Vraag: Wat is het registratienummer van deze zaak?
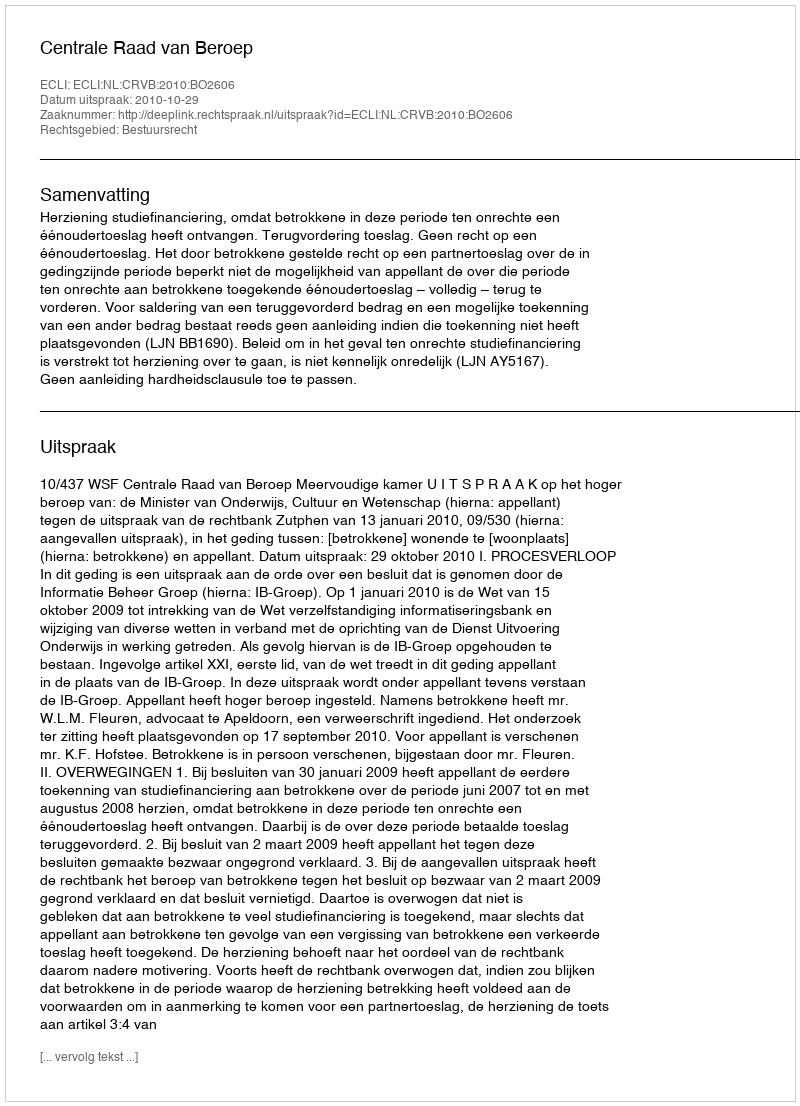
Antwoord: http://deeplink.rechtspraak.nl/uitspraak?id=ECLI:NL:CRVB:2010:BO2606